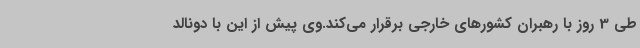
طی 3 روز با رهبران کشورهای خارجی برقرار می‌کند.وی پیش از این با دونالد